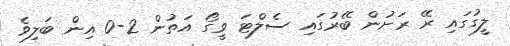
ލީގުގައި ރޭ ރަށުން ބޭރުގައި ސެލްޓަ ވީގޯ އަތުން 2-0 އިން ބަލިވެ